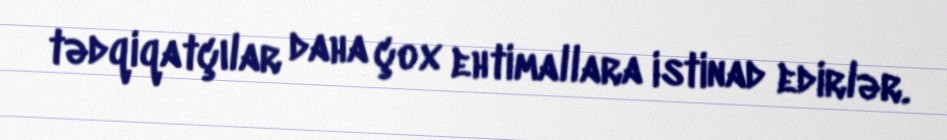
tədqiqatçılar daha çox ehtimallara istinad edirlər.